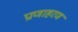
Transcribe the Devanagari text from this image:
प्राणाहरण